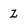
Character: z